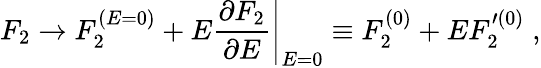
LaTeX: F_{2}\rightarrow F_{2}^{(E=0)}+E\left.{\frac{\partial F_{2}}{\partial E}}\right\vert_{E=0}\equiv F_{2}^{(0)}+EF_{2}^{\prime(0)}\; ,